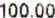
100.00